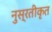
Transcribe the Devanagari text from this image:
नुस्रतीकृत